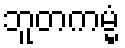
ဘူတကမ္မံ